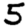
Digit: 5